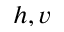
h , v